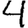
Digit: 4